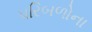
પરિબળોના